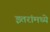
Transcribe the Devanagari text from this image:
इतरांमध्ये